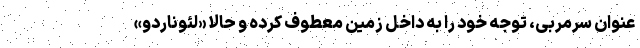
عنوان سرمربی، توجه خود را به داخل زمین معطوف کرده و حالا «لئوناردو»